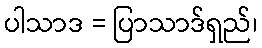
ပါသာဒ = ပြာသာဒ်ရှည်၊